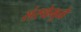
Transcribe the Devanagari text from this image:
संस्थेमुळे